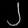
Digit: ၂